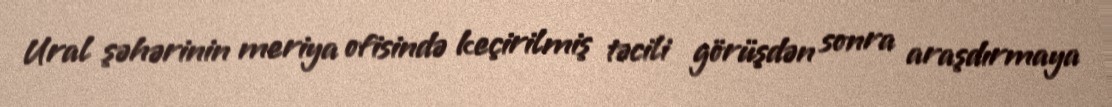
Ural şəhərinin meriya ofisində keçirilmiş təcili görüşdən sonra araşdırmaya